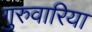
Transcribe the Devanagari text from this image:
गुरुवारिया